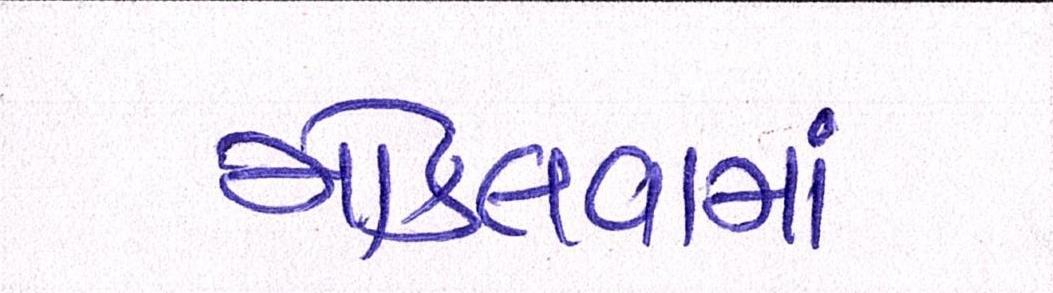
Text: મોકલવામાં